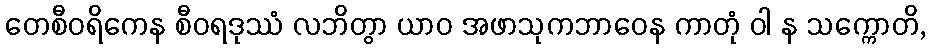
တေစီဝရိကေန စီဝရဒုဿံ လဘိတွာ ယာဝ အဖာသုကဘာဝေန ကာတုံ ဝါ န သက္ကောတိ,